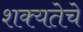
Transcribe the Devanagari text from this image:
शक्यतेचे